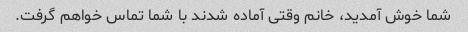
شما خوش آمدید، خانم وقتی آماده شدند با شما تماس خواهم گرفت.